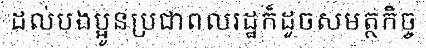
ដល់បងប្អូនប្រជាពលរដ្ឋក៏ដូចសមត្ថកិច្ច